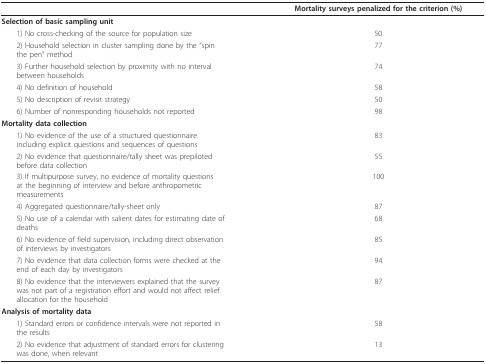
<table><thead><tr><td></td><td><b>Mortality surveys penalized for the criterion (%)</b></td></tr></thead><tbody><tr><td colspan="2"><b>Selection of basic sampling unit</b></td></tr><tr><td> 1) No cross-checking of the source for population size</td><td>50</td></tr><tr><td> 2) Household selection in cluster sampling done by the &quot;spinthe pen&quot; method</td><td>77</td></tr><tr><td> 3) Further household selection by proximity with no intervalbetween households</td><td>74</td></tr><tr><td> 4) No definition of household</td><td>58</td></tr><tr><td> 5) No description of revisit strategy</td><td>50</td></tr><tr><td> 6) Number of nonresponding households not reported</td><td>98</td></tr><tr><td colspan="2"><b>Mortality data collection</b></td></tr><tr><td> 1) No evidence of the use of a structured questionnaireincluding explicit questions and sequences of questions</td><td>83</td></tr><tr><td> 2) No evidence that questionnaire/tally sheet was prepilotedbefore data collection</td><td>55</td></tr><tr><td> 3) If multipurpose survey, no evidence of mortality questionsat the beginning of interview and before anthropometricmeasurements</td><td>100</td></tr><tr><td> 4) Aggregated questionnaire/tally-sheet only</td><td>87</td></tr><tr><td> 5) No use of a calendar with salient dates for estimating date ofdeaths</td><td>68</td></tr><tr><td> 6) No evidence of field supervision, including direct observationof interviews by investigators</td><td>85</td></tr><tr><td> 7) No evidence that data collection forms were checked at theend of each day by investigators</td><td>94</td></tr><tr><td> 8) No evidence that the interviewers explained that the surveywas not part of a registration effort and would not affect reliefallocation for the household</td><td>87</td></tr><tr><td colspan="2"><b>Analysis of mortality data</b></td></tr><tr><td> 1) Standard errors or confidence intervals were not reported inthe results</td><td>58</td></tr><tr><td> 2) No evidence that adjustment of standard errors for clusteringwas done, when relevant</td><td>13</td></tr></tbody></table>